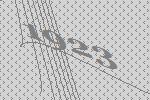
1923